Civil Veterinary Dept. Bombay admin report 1932-41 - 1932-1941
Year: 1932
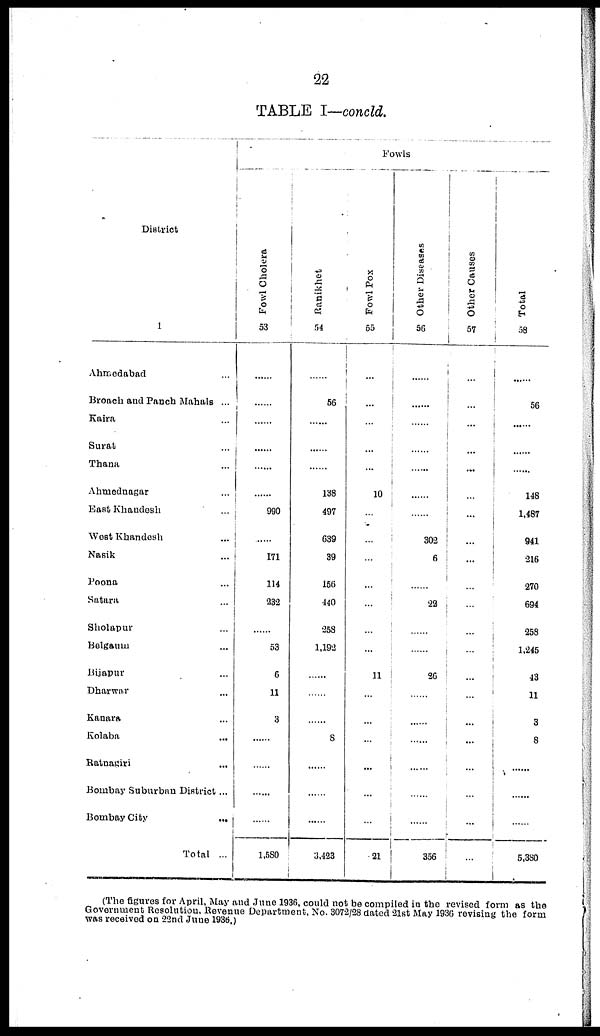
22
TABLE I—concld.
District
1
Ahmedabad ...
Broach and Panch Mahals ...
Kaira ...
Surat ...
Thana ...
Ahmednagar ...
East Khandesh ...
West Khandesh ...
Nasik ...
Poona ...
Satara ...
Sholapur ...
Belgaum ...
Bijapur ...
Dharwar ...
Kanara ...
Kolaba
...
Ratnagiri
...
Bombay Suburban District ...
Bombay City ...
Total ...
Fowls
Fowl Cholera
53
......
......
......
......
......
......
990
......
171
114
232
......
53
6
11
3
......
......
......
......
1,580
Ranikhet
54
......
56
......
......
......
138
497
639
39
156
440
258
1,193
......
......
......
8
......
......
......
3,423
Fowl Pox
55
...
...
...
...
...
10
...
...
...
...
...
...
...
11
...
...
...
...
...
...
21
Other Diseases
56
......
......
......
......
......
......
302
6
......
22
......
......
26
......
......
......
......
......
......
356
Other Causes
57
...
...
...
...
...
...
...
...
...
...
...
...
...
...
...
...
...
...
...
...
...
Total
58
......
56
......
......
......
148
1,487
941
216
270
694
258
1,245
43
11
3
8
......
......
......
5,380
(The figures for April, May and June 1936, could not be compiled in the revised form as the
Government Resolution, Revenue Department, No. 3072/28 dated 21st May 1936 revising the form
was received on 22nd June 1936.)